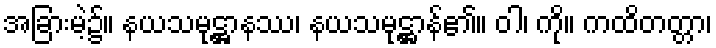
အခြားမဲ့၌။ နယသမုဋ္ဌာနဿ၊ နယသမုဋ္ဌာန်၏။ ဝါ၊ ကို။ ကထိတတ္တာ၊